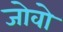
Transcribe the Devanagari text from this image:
जोवो